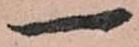
一